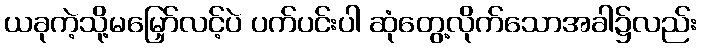
ယခုကဲ့သို့မမြှော်လင့်ပဲ ပက်ပင်းပါ ဆုံတွေ့လိုက်သောအခါ၌လည်း